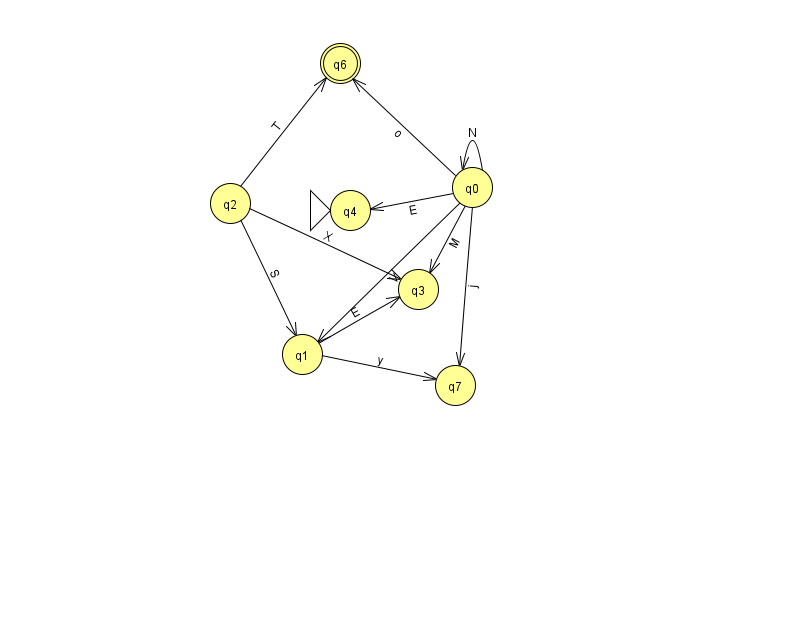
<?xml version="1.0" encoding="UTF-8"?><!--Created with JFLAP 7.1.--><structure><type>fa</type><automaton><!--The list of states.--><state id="0" name="q0"><x>472.0</x><y>174.0</y></state><state id="1" name="q1"><x>302.0</x><y>341.0</y></state><state id="2" name="q2"><x>230.0</x><y>190.0</y></state><state id="3" name="q3"><x>418.0</x><y>276.0</y></state><state id="4" name="q4"><x>350.0</x><y>197.0</y><initial/></state><state id="6" name="q6"><x>340.0</x><y>50.0</y><final/></state><state id="7" name="q7"><x>455.0</x><y>372.0</y></state><!--The list of transitions.--><transition><from>0</from><to>4</to><read>E</read></transition><transition><from>0</from><to>7</to><read>j</read></transition><transition><from>2</from><to>6</to><read>T</read></transition><transition><from>2</from><to>1</to><read>S</read></transition><transition><from>2</from><to>3</to><read>X</read></transition><transition><from>0</from><to>0</to><read>N</read></transition><transition><from>1</from><to>3</to><read>E</read></transition><transition><from>0</from><to>1</to><read>V</read></transition><transition><from>0</from><to>3</to><read>M</read></transition><transition><from>0</from><to>6</to><read>o</read></transition><transition><from>1</from><to>7</to><read>y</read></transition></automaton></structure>